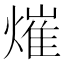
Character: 熣